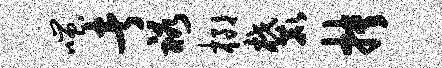
嗤者裕榔麓抉